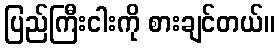
ပြည်ကြီးငါးကို စားချင်တယ်။